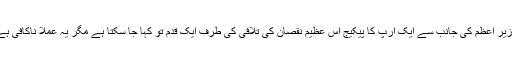
وزیر اعظم کی جانب سے ایک ارپ کا پیکیج اس عظیم نقصان کی تلافی کی طرف ایک قدم تو کہا جا سکتا ہے مگر یہ عملاً ناکافی ہے!